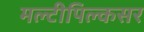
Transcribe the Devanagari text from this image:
मल्टीपिल्कसर